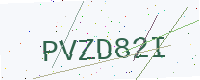
Text: PVZD82I